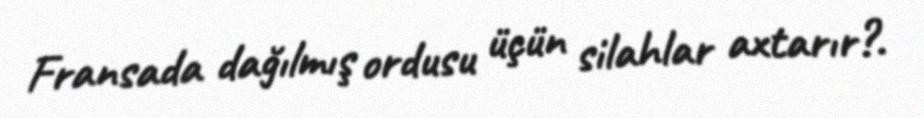
Fransada dağılmış ordusu üçün silahlar axtarır?.